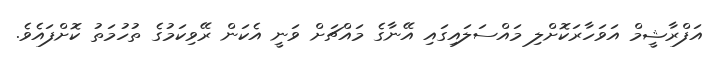
އަފްރާޝީމް އަވަހާރަކޮށްލި މައްސަލައިގައި އޭނާގެ މައްޗަށް ވަނީ އެކަން ރޭވިކަމުގެ ތުހުމަތު ކޮށްފައެވެ.